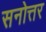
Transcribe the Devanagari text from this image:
सनोत्तर